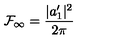
{ \cal { F } } _ { \infty } = \frac { | a _ { 1 } ^ { \prime } | ^ { 2 } } { 2 \pi }